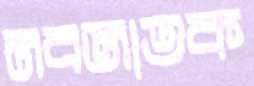
নবজাতক